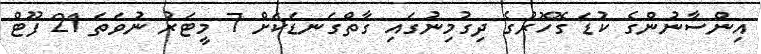
އިންސާނުންގެ ކުޑަ ގޮހޮރުގެ ދިގުމިނުގައި ގާތްގަނޑަކަށް 7 މީޓަރު ނުވަތަ 21 ފޫޓް